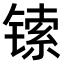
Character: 𫔅